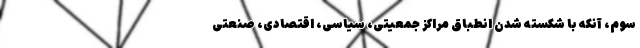
سوم، آنکه با شکسته شدن انطباق مراکز جمعیتی، سیاسی، اقتصادی، صنعتی